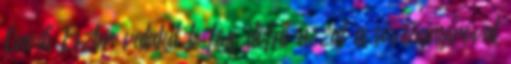
Ónodi Eszter valakit le fog döfni azzal a sövénynyíróval